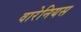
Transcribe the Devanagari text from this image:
वारेनियस